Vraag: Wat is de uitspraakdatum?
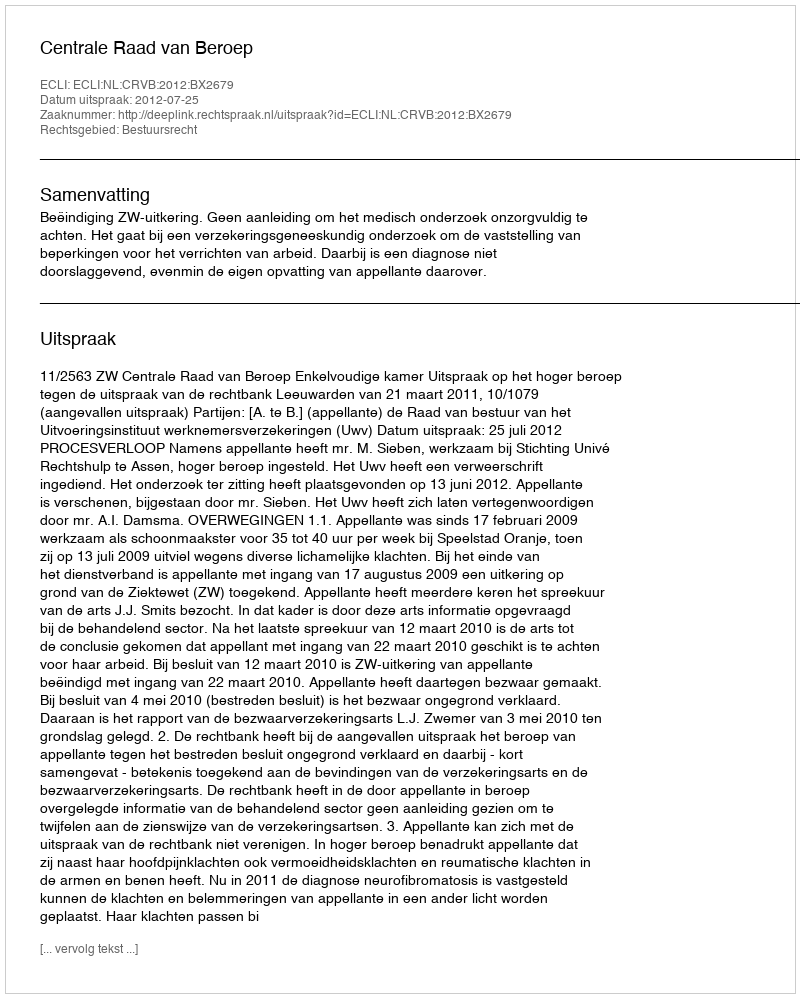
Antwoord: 2012-07-25